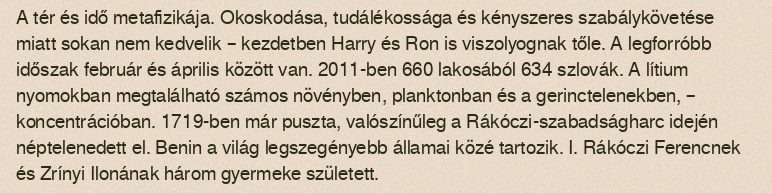
A tér és idő metafizikája. Okoskodása, tudálékossága és kényszeres szabálykövetése miatt sokan nem kedvelik – kezdetben Harry és Ron is viszolyognak tőle. A legforróbb időszak február és április között van. 2011-ben 660 lakosából 634 szlovák. A lítium nyomokban megtalálható számos növényben, planktonban és a gerinctelenekben, – koncentrációban. 1719-ben már puszta, valószínűleg a Rákóczi-szabadságharc idején néptelenedett el. Benin a világ legszegényebb államai közé tartozik. I. Rákóczi Ferencnek és Zrínyi Ilonának három gyermeke született.